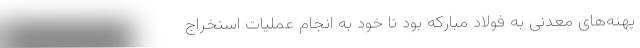
پهنه‌های معدنی به فولاد مبارکه بود تا خود به انجام عملیات استخراج